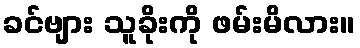
ခင်ဗျား သူခိုးကို ဖမ်းမိလား။